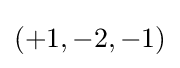
(+1,-2,-1)